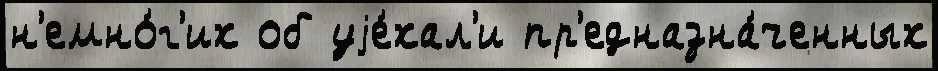
н'емно́г'их об уjе́хал'и пр'едназна́ченных